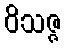
ဝိသဇ္ဇ